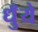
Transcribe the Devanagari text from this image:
धुँये